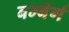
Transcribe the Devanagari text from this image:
बम्बेर्ग